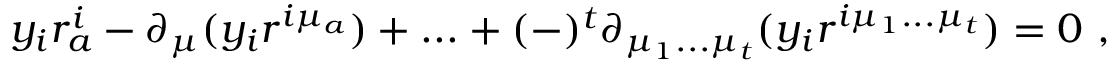
y _ { i } r _ { a } ^ { i } - \partial _ { \mu } ( y _ { i } r ^ { i \mu _ { a } } ) + . . . + ( - ) ^ { t } \partial _ { \mu _ { 1 } . . . \mu _ { t } } ( y _ { i } r ^ { i \mu _ { 1 } . . . \mu _ { t } } ) = 0 \ ,